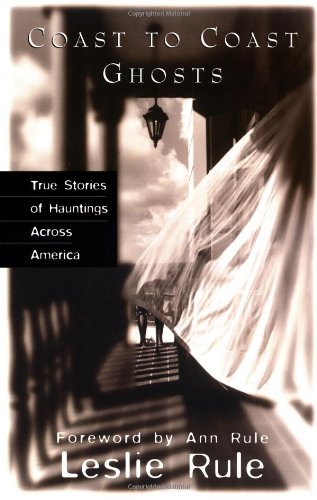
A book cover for Coast To Coast Ghosts: True Stories of Hauntings Across America; Leslie Rule; Religion & Spirituality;